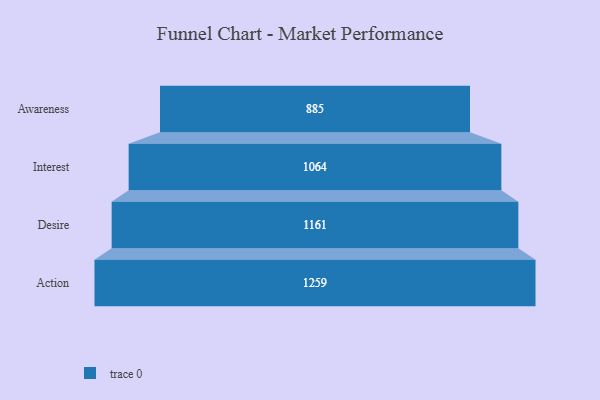
{"axis": {"x": "Stage", "y": "Value"}, "legend": [""], "data": [{"x": "Awareness", "y": 885.0, "type": ""}, {"x": "Interest", "y": 1064.0, "type": ""}, {"x": "Desire", "y": 1161.0, "type": ""}, {"x": "Action", "y": 1259.0, "type": ""}]}